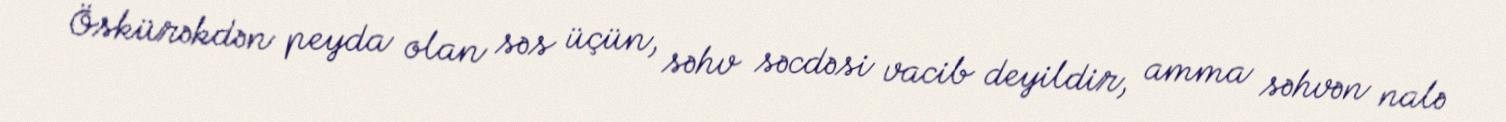
Öskürəkdən peyda olan səs üçün, səhv səcdəsi vacib deyildir, amma səhvən nalə